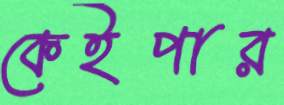
কেইপার